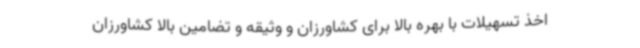
اخذ تسهیلات با بهره بالا برای کشاورزان و وثیقه و تضامین بالا کشاورزان